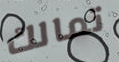
تمالك